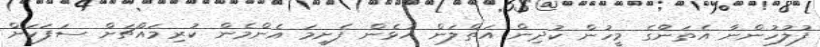
ފުލުހުންނާ އެތަނުްގެ މީހުން ކުދިން އަތްލަން އުޅެން ފެށީމަ އެންމެން ކުރިމައްޗަށް ސަފަކަށް